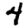
Digit: 4